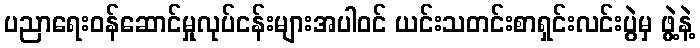
ပညာရေးဝန်ဆောင်မှုလုပ်ငန်းများအပါဝင် ယင်းသတင်းစာရှင်းလင်းပွဲမှ ဖွဲ့နဲ့